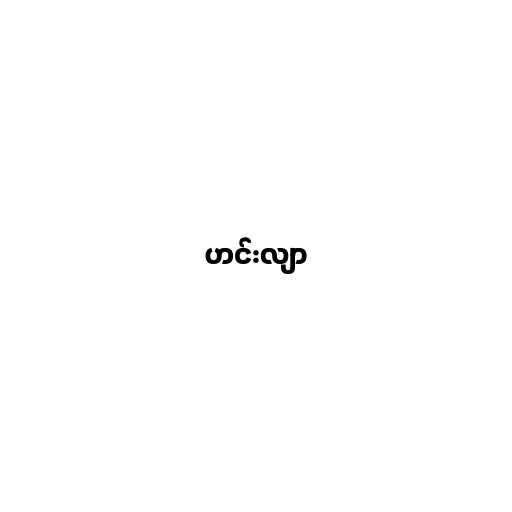
ဟင်းလျာ